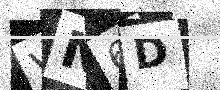
Text: VN6D